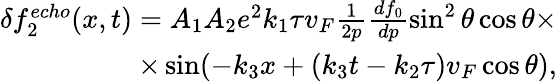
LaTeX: \begin{array}{r}{\delta f_{2}^{echo}(x,t)=A_{1}A_{2}e^{2}k_{1}\tau v_{F}\frac{1}{2p}\frac{df_{0}}{dp}\sin^{2}\theta\cos\theta\times}\\ {\times\sin(-k_{3}x+(k_{3}t-k_{2}\tau)v_{F}\cos\theta),}\end{array}